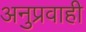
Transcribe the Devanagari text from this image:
अनुप्रवाही